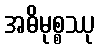
အဓိမုစ္စဿု